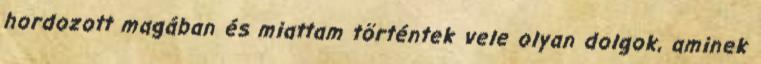
hordozott magában és miattam történtek vele olyan dolgok, aminek